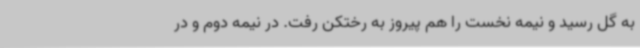
به گل رسید و نیمه نخست را هم پیروز به رختکن رفت. در نیمه دوم و در